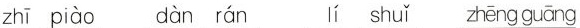
zhī piào dàn rán lí shuǐ zhēng guāng